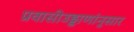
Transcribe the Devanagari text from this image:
प्रवासीउड्डाणांनुसार